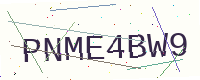
Text: PNME4BW9